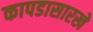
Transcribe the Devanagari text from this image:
कापडासारखे